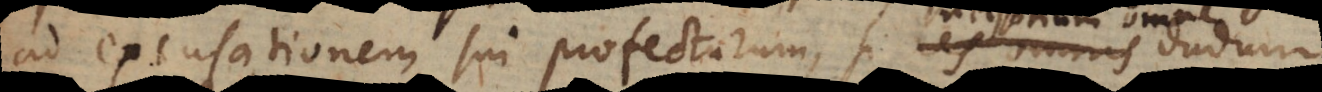
ad excusationem sui profecturum, si negotium